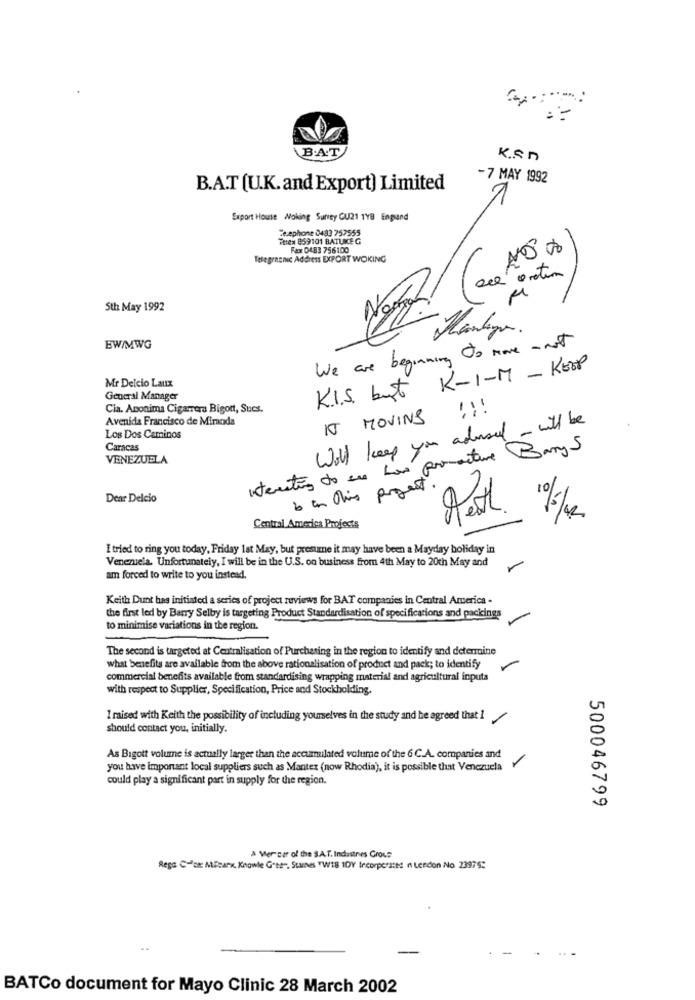
B.A.T
K.Sn
-7 MAY 1992
B.A.T (U.K. and Export) Limited
1
Export House Woking Surity OU21 1YB England
Ce ephone 0483 757555
The# 859101 BATUKEG
Fax 0483 756100
Telegranic Address EXPORT WOKING
02
Sth May 1992
EW/MWG
We are beginning to move - not
K.I.S. but K-1-M - KEEP
Mr Deicio Laux
General Manager
Cia. Anonima Cigarrera Bigott, Sucs.
IT MOVING ! ! !
Avenida Francisco de Miranda
Will keep you andmail - will be
Los Dos Caminos
Caracas
interesting to eu has pomocture Barys
VENEZUELA
6 am this project.
Dear Delcio
10/12
Central America Projects
I tried to ring you today, Friday lat May, but presume it may have been a Mayday holiday in
Venezuela. Unfortunately, I will be in the U.S. on business from 4th May to 20th May and
am forced to write to you instead.
Keith Dunt has initiated a series of project reviews for BAT companies in Central America -
the first led by Barry Selby is targeting Product Standardisation of specifications and packings
to minimise variations in the region.
The second is targeted at Centralisation of Purchasing in the region to identify and determine
what benefits are available from the above rationalisation of product and pack; to identify
commercial benefits available from standardising wrapping material and agricultural inputs
with respect to Supplier, Specification, Price and Stockholding.
I raised with Keith the possibility of including yourselves in the study and he agreed that I
should contact you, initially.
As Bigott volume is actually larger than the accumulated volume of the 6 C.A. companies and
you have important local suppliers such as Manter (now Rhodia), it is possible that Venezuela
could play a significant part in supply for the region.
500046799
A Ver car of the S.A.T. Industries Grous
Rega Con Mizark, Knowle Gen", Stures TW18 IDY Incorporzes n Lendon No 23975:
BATCo document for Mayo Clinic 28 March 2002